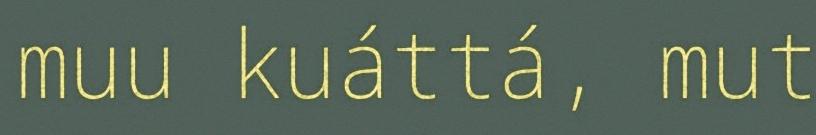
muu kuáttá, mut